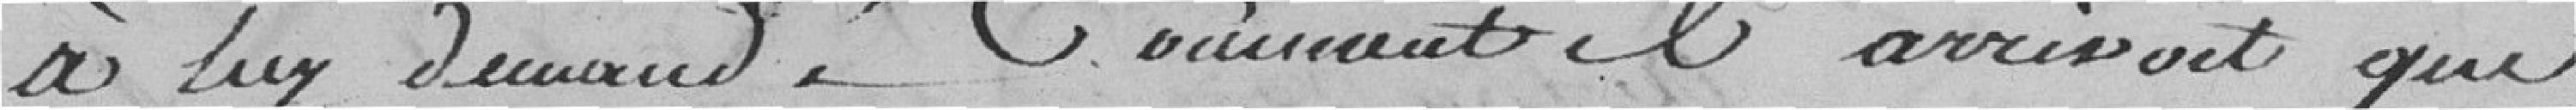
où lui demandé comment il arrivait que